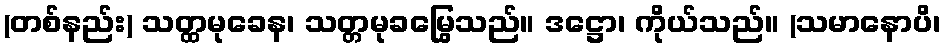
(တစ်နည်း) သတ္ထမုခေန၊ သတ္တမုခမြွေသည်။ ဒဋ္ဌော၊ ကိုယ်သည်။ (သမာနောပိ၊